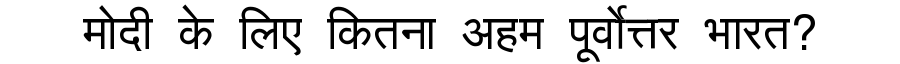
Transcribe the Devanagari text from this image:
मोदी के लिए कितना अहम पूर्वोत्तर भारत?